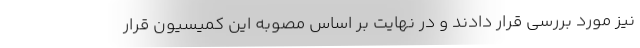
نیز مورد بررسی قرار دادند و در نهایت بر اساس مصوبه این کمیسیون قرار